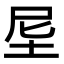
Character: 𡊴